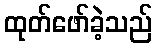
ထုတ်ဖော်ခဲ့သည်